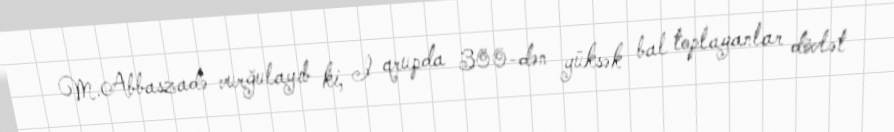
M.Abbaszadə vurğulayıb ki, I qrupda 300-dən yüksək bal toplayanlar dövlət